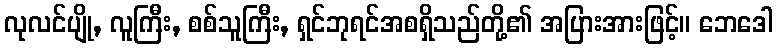
လုလင်ပျို, လူကြီး, စစ်သူကြီး, ရှင်ဘုရင်အစရှိသည်တို့၏ အပြားအားဖြင့်။ ဘေဒေါ